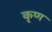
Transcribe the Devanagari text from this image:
कृण